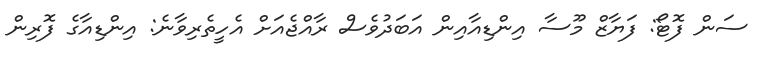
ސަން ފޮޓޯ: ފަޔާޒް މޫސާ އިންޑިއާއިން އަބަދުވެސް ރާއްޖެއަށް އެހީތެރިވާނެ: އިންޑިއާގެ ފޮރިން